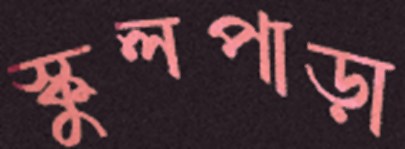
স্কুলপাড়া